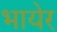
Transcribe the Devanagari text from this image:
भायेर